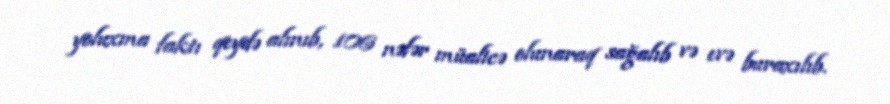
yoluxma faktı qeydə alınıb, 106 nəfər müalicə olunaraq sağalıb və evə buraxılıb.